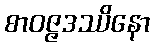
စာဝဇ္ဇဒဿိနော